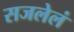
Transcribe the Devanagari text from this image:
सजलेलं